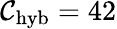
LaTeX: \mathcal{C}_{\mathrm{{hyb}}}=42